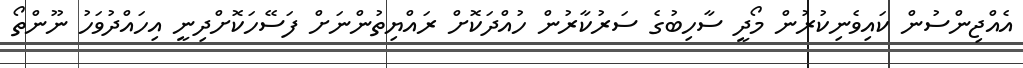
އެއްޖިންސުން ކައިވެނިކުރުން މޯދީ ސާހިބުގެ ސަރުކާރުން ހުއްދަކޮށް ރައްޔިތުންނަށް ފަސޭހަކޮށްދިނީ އިހައްދުވަހު ނޫންތޯ